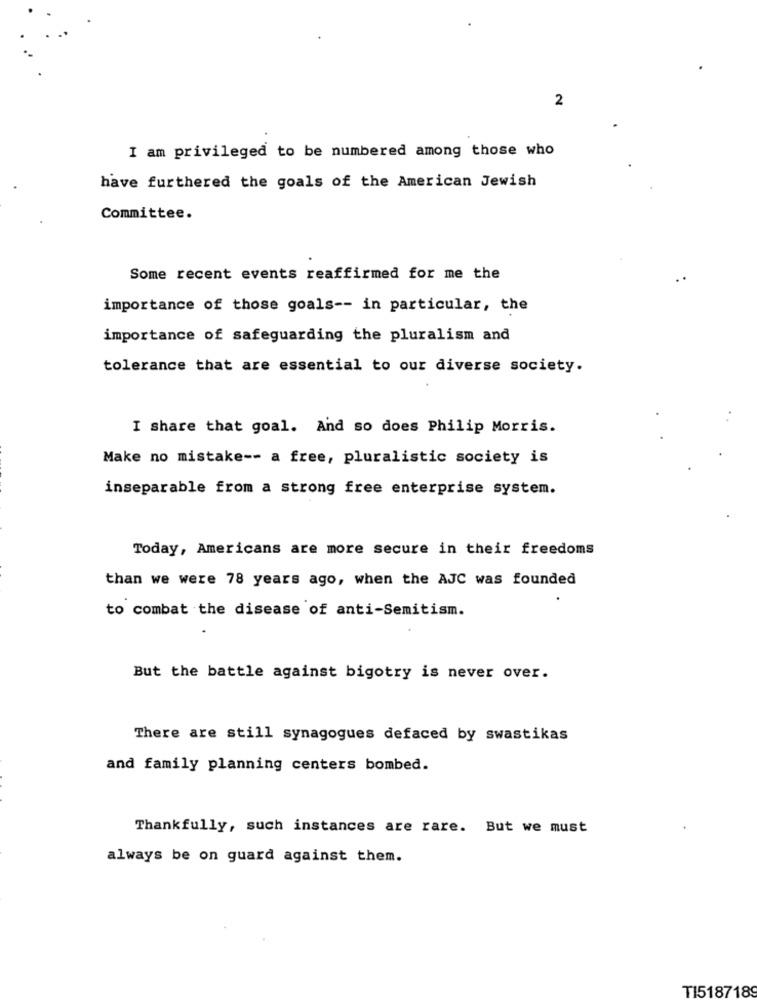
2
I am privileged to be numbered among those who
have furthered the goals of the American Jewish
Committee.
Some recent events reaffirmed for me the
importance of those goals -- in particular, the
importance of safeguarding the pluralism and
tolerance that are essential to our diverse society.
I share that goal. And so does Philip Morris.
Make no mistake -- a free, pluralistic society is
inseparable from a strong free enterprise system.
Today, Americans are more secure in their freedoms
than we were 78 years ago, when the AJC was founded
to combat the disease of anti-Semitism.
But the battle against bigotry is never over.
There are still synagogues defaced by swastikas
and family planning centers bombed.
Thankfully, such instances are rare. But we must
always be on guard against them.
TI5187189